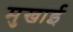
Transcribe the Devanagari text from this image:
मुखाई